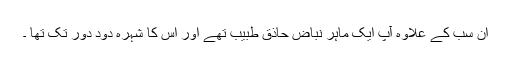
ان سب کے علاوہ آپ ایک ماہر نباض حاذق طبیب تھے اور اس کا شہرہ دود دور تک تھا ۔